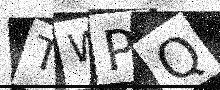
Text: TWPQ